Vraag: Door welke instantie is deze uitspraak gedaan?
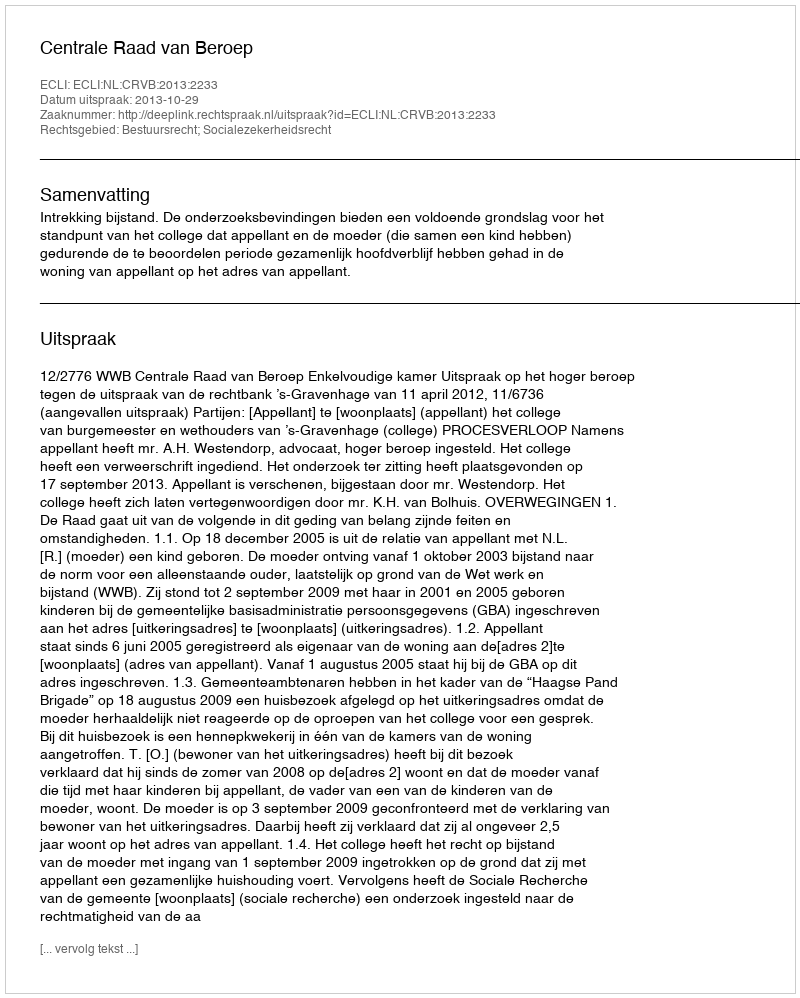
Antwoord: Centrale Raad van Beroep